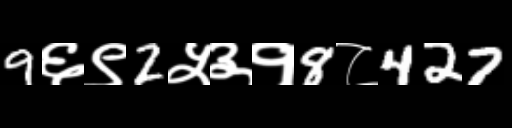
Text: 9६९2५३१8८427